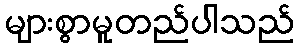
များစွာမူတည်ပါသည်